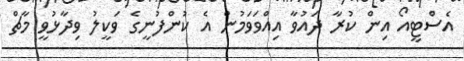
އެސްޓީއޯ އިން ކުރާ ދައުވާ އިއްވަވަމުން އެ ކުންފުނީގެ ވަކީލު ވިދާޅުވީ މާޗް